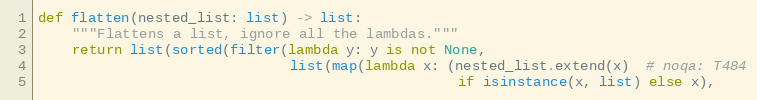
Language: Python
def flatten(nested_list: list) -> list:
    """Flattens a list, ignore all the lambdas."""
    return list(sorted(filter(lambda y: y is not None,
                              list(map(lambda x: (nested_list.extend(x)  # noqa: T484
                                                  if isinstance(x, list) else x),